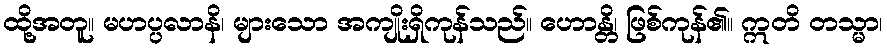
ထို့အတူ။ မဟပ္ပလာနိ၊ များသော အကျိုးရှိကုန်သည်။ ဟောန္တိ၊ ဖြစ်ကုန်၏။ ဣတိ တသ္မာ၊